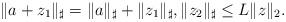
LaTeX: \begin{align*}\|a+z_1\|_\sharp=\|a\|_\sharp+\|z_1\|_\sharp,\|z_2\|_\sharp\leq L\|z\|_2.\end{align*}